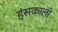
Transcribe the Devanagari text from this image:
हंसकाली